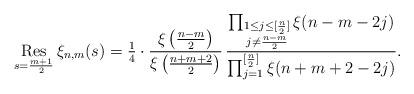
LaTeX: \begin{align*}\mathop{{\rm Res}}_{s=\frac{m+1}{2}}\xi_{n,m}(s)=\tfrac{1}{4}\cdot\frac{\xi\left(\tfrac{n-m}{2}\right)}{\xi\left(\tfrac{n+m+2}{2}\right)}\, \frac{\prod_{\substack{1\leq j\leq [\frac{n}{2}] \\ j\ne\frac{n-m}{2}}}\xi(n-m-2j)} {\prod_{j=1}^{[\frac{n}{2}]}\xi(n+m+2-2j)}.\end{align*}